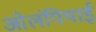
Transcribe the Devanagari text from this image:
ओलंपियाई